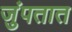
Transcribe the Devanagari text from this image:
जुंपतात